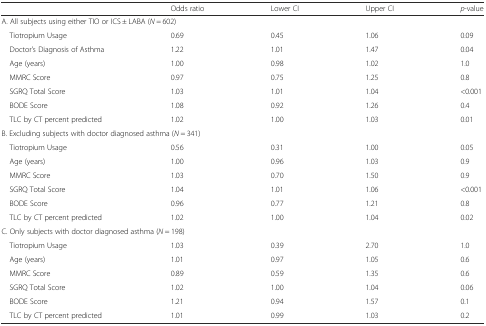
<table><thead><tr><td></td><td><b>Odds ratio</b></td><td><b>Lower CI</b></td><td><b>Upper CI</b></td><td><b><i>p</i>-value</b></td></tr></thead><tbody><tr><td colspan="5">A. All subjects using either TIO or ICS ± LABA (<i>N</i> = 602)</td></tr><tr><td> Tiotropium Usage</td><td>0.69</td><td>0.45</td><td>1.06</td><td>0.09</td></tr><tr><td> Doctor&#x27;s Diagnosis of Asthma</td><td>1.22</td><td>1.01</td><td>1.47</td><td>0.04</td></tr><tr><td> Age (years)</td><td>1.00</td><td>0.98</td><td>1.02</td><td>1.0</td></tr><tr><td> MMRC Score</td><td>0.97</td><td>0.75</td><td>1.25</td><td>0.8</td></tr><tr><td> SGRQ Total Score</td><td>1.03</td><td>1.01</td><td>1.04</td><td>&lt;0.001</td></tr><tr><td> BODE Score</td><td>1.08</td><td>0.92</td><td>1.26</td><td>0.4</td></tr><tr><td> TLC by CT percent predicted</td><td>1.02</td><td>1.00</td><td>1.03</td><td>0.01</td></tr><tr><td colspan="5">B. Excluding subjects with doctor diagnosed asthma (<i>N</i> = 341)</td></tr><tr><td> Tiotropium Usage</td><td>0.56</td><td>0.31</td><td>1.00</td><td>0.05</td></tr><tr><td> Age (years)</td><td>1.00</td><td>0.96</td><td>1.03</td><td>0.9</td></tr><tr><td> MMRC Score</td><td>1.03</td><td>0.70</td><td>1.50</td><td>0.9</td></tr><tr><td> SGRQ Total Score</td><td>1.04</td><td>1.01</td><td>1.06</td><td>&lt;0.001</td></tr><tr><td> BODE Score</td><td>0.96</td><td>0.77</td><td>1.21</td><td>0.8</td></tr><tr><td> TLC by CT percent predicted</td><td>1.02</td><td>1.00</td><td>1.04</td><td>0.02</td></tr><tr><td colspan="5">C. Only subjects with doctor diagnosed asthma (<i>N</i> = 198)</td></tr><tr><td> Tiotropium Usage</td><td>1.03</td><td>0.39</td><td>2.70</td><td>1.0</td></tr><tr><td> Age (years)</td><td>1.01</td><td>0.97</td><td>1.05</td><td>0.6</td></tr><tr><td> MMRC Score</td><td>0.89</td><td>0.59</td><td>1.35</td><td>0.6</td></tr><tr><td> SGRQ Total Score</td><td>1.02</td><td>1.00</td><td>1.04</td><td>0.06</td></tr><tr><td> BODE Score</td><td>1.21</td><td>0.94</td><td>1.57</td><td>0.1</td></tr><tr><td> TLC by CT percent predicted</td><td>1.01</td><td>0.99</td><td>1.03</td><td>0.2</td></tr></tbody></table>